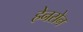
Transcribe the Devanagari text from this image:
हेनसेन